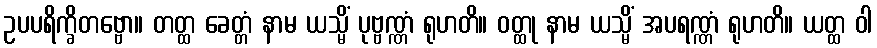
ဥပပရိက္ခိတဗ္ဗော။ တတ္ထ ခေတ္တံ နာမ ယသ္မိံ ပုဗ္ဗဏ္ဏံ ရုဟတိ။ ဝတ္ထု နာမ ယသ္မိံ အပရဏ္ဏံ ရုဟတိ။ ယတ္ထ ဝါ